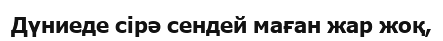
Дүниеде сірә сендей маған жар жоқ,